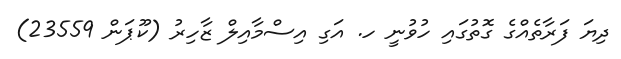
ދިޔަ ފަރާތެއްގެ ގޮތުގައި ހުވުނީ ހ. އަގި އިސްމާއިލް ޒާހިރު (ކޫޕަން 23559)